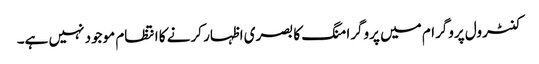
کنٹرول پروگرام میں پروگرامنگ کا بصری اظہار کرنے کا انتظام موجود نہیں ہے۔